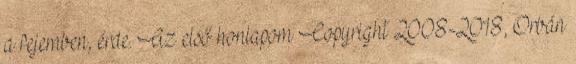
a fejemben, érde. Az első honlapom Copyright 2008-2018, Orbán